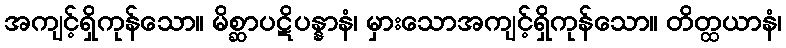
အကျင့်ရှိကုန်သော။ မိစ္ဆာပဋိပန္နာနံ၊ မှားသောအကျင့်ရှိကုန်သော။ တိတ္ထယာနံ၊